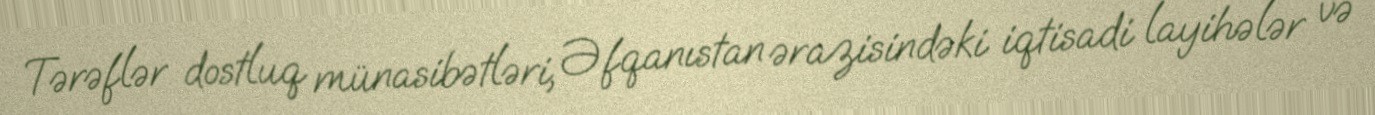
Tərəflər dostluq münasibətləri, Əfqanıstan ərazisindəki iqtisadi layihələr və